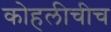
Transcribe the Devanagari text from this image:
कोहलीचीच